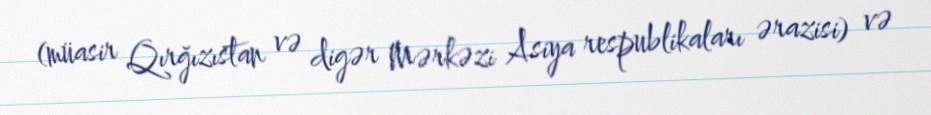
(müasir Qırğızıstan və digər Mərkəzi Asiya respublikaları ərazisi) və